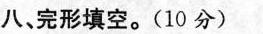
八、完形填空.(10分)